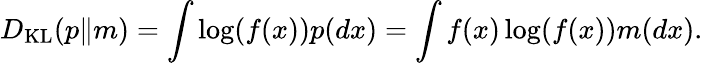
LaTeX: D_{\mathrm{KL}}(p\| m)=\int\log(f(x))p(dx)=\int f(x)\log(f(x))m(dx).